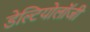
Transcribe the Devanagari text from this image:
डेल्टियोलॉजी